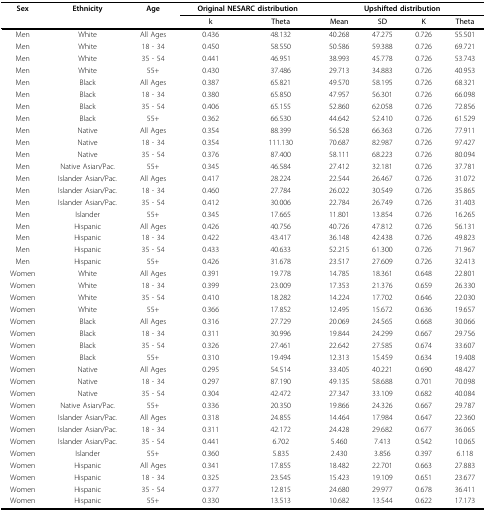
<table><thead><tr><td><b>Sex</b></td><td><b>Ethnicity</b></td><td><b>Age</b></td><td colspan="2"><b>Original NESARC distribution</b></td><td colspan="4"><b>Upshifted distribution</b></td></tr><tr><td></td><td></td><td></td><td><b>k</b></td><td><b>Theta</b></td><td><b>Mean</b></td><td><b>SD</b></td><td><b>K</b></td><td><b>Theta</b></td></tr></thead><tbody><tr><td>Men</td><td>White</td><td>All Ages</td><td>0.436</td><td>48.132</td><td>40.268</td><td>47.275</td><td>0.726</td><td>55.501</td></tr><tr><td>Men</td><td>White</td><td>18 - 34</td><td>0.450</td><td>58.550</td><td>50.586</td><td>59.388</td><td>0.726</td><td>69.721</td></tr><tr><td>Men</td><td>White</td><td>35 - 54</td><td>0.441</td><td>46.951</td><td>38.993</td><td>45.778</td><td>0.726</td><td>53.743</td></tr><tr><td>Men</td><td>White</td><td>55+</td><td>0.430</td><td>37.486</td><td>29.713</td><td>34.883</td><td>0.726</td><td>40.953</td></tr><tr><td>Men</td><td>Black</td><td>All Ages</td><td>0.387</td><td>65.821</td><td>49.570</td><td>58.195</td><td>0.726</td><td>68.321</td></tr><tr><td>Men</td><td>Black</td><td>18 - 34</td><td>0.380</td><td>65.850</td><td>47.957</td><td>56.301</td><td>0.726</td><td>66.098</td></tr><tr><td>Men</td><td>Black</td><td>35 - 54</td><td>0.406</td><td>65.155</td><td>52.860</td><td>62.058</td><td>0.726</td><td>72.856</td></tr><tr><td>Men</td><td>Black</td><td>55+</td><td>0.362</td><td>66.530</td><td>44.642</td><td>52.410</td><td>0.726</td><td>61.529</td></tr><tr><td>Men</td><td>Native</td><td>All Ages</td><td>0.354</td><td>88.399</td><td>56.528</td><td>66.363</td><td>0.726</td><td>77.911</td></tr><tr><td>Men</td><td>Native</td><td>18 - 34</td><td>0.354</td><td>111.130</td><td>70.687</td><td>82.987</td><td>0.726</td><td>97.427</td></tr><tr><td>Men</td><td>Native</td><td>35 - 54</td><td>0.376</td><td>87.400</td><td>58.111</td><td>68.223</td><td>0.726</td><td>80.094</td></tr><tr><td>Men</td><td>Native Asian/Pac.</td><td>55+</td><td>0.345</td><td>46.584</td><td>27.412</td><td>32.181</td><td>0.726</td><td>37.781</td></tr><tr><td>Men</td><td>Islander Asian/Pac.</td><td>All Ages</td><td>0.417</td><td>28.224</td><td>22.544</td><td>26.467</td><td>0.726</td><td>31.072</td></tr><tr><td>Men</td><td>Islander Asian/Pac.</td><td>18 - 34</td><td>0.460</td><td>27.784</td><td>26.022</td><td>30.549</td><td>0.726</td><td>35.865</td></tr><tr><td>Men</td><td>Islander Asian/Pac.</td><td>35 - 54</td><td>0.412</td><td>30.006</td><td>22.784</td><td>26.749</td><td>0.726</td><td>31.403</td></tr><tr><td>Men</td><td>Islander</td><td>55+</td><td>0.345</td><td>17.665</td><td>11.801</td><td>13.854</td><td>0.726</td><td>16.265</td></tr><tr><td>Men</td><td>Hispanic</td><td>All Ages</td><td>0.426</td><td>40.756</td><td>40.726</td><td>47.812</td><td>0.726</td><td>56.131</td></tr><tr><td>Men</td><td>Hispanic</td><td>18 - 34</td><td>0.422</td><td>43.417</td><td>36.148</td><td>42.438</td><td>0.726</td><td>49.823</td></tr><tr><td>Men</td><td>Hispanic</td><td>35 - 54</td><td>0.433</td><td>40.633</td><td>52.215</td><td>61.300</td><td>0.726</td><td>71.967</td></tr><tr><td>Men</td><td>Hispanic</td><td>55+</td><td>0.426</td><td>31.678</td><td>23.517</td><td>27.609</td><td>0.726</td><td>32.413</td></tr><tr><td>Women</td><td>White</td><td>All Ages</td><td>0.391</td><td>19.778</td><td>14.785</td><td>18.361</td><td>0.648</td><td>22.801</td></tr><tr><td>Women</td><td>White</td><td>18 - 34</td><td>0.399</td><td>23.009</td><td>17.353</td><td>21.376</td><td>0.659</td><td>26.330</td></tr><tr><td>Women</td><td>White</td><td>35 - 54</td><td>0.410</td><td>18.282</td><td>14.224</td><td>17.702</td><td>0.646</td><td>22.030</td></tr><tr><td>Women</td><td>White</td><td>55+</td><td>0.366</td><td>17.852</td><td>12.495</td><td>15.672</td><td>0.636</td><td>19.657</td></tr><tr><td>Women</td><td>Black</td><td>All Ages</td><td>0.316</td><td>27.729</td><td>20.069</td><td>24.565</td><td>0.668</td><td>30.066</td></tr><tr><td>Women</td><td>Black</td><td>18 - 34</td><td>0.311</td><td>30.996</td><td>19.844</td><td>24.299</td><td>0.667</td><td>29.756</td></tr><tr><td>Women</td><td>Black</td><td>35 - 54</td><td>0.326</td><td>27.461</td><td>22.642</td><td>27.585</td><td>0.674</td><td>33.607</td></tr><tr><td>Women</td><td>Black</td><td>55+</td><td>0.310</td><td>19.494</td><td>12.313</td><td>15.459</td><td>0.634</td><td>19.408</td></tr><tr><td>Women</td><td>Native</td><td>All Ages</td><td>0.295</td><td>54.514</td><td>33.405</td><td>40.221</td><td>0.690</td><td>48.427</td></tr><tr><td>Women</td><td>Native</td><td>18 - 34</td><td>0.297</td><td>87.190</td><td>49.135</td><td>58.688</td><td>0.701</td><td>70.098</td></tr><tr><td>Women</td><td>Native</td><td>35 - 54</td><td>0.304</td><td>42.472</td><td>27.347</td><td>33.109</td><td>0.682</td><td>40.084</td></tr><tr><td>Women</td><td>Native Asian/Pac.</td><td>55+</td><td>0.336</td><td>20.350</td><td>19.866</td><td>24.326</td><td>0.667</td><td>29.787</td></tr><tr><td>Women</td><td>Islander Asian/Pac.</td><td>All Ages</td><td>0.318</td><td>24.855</td><td>14.464</td><td>17.984</td><td>0.647</td><td>22.360</td></tr><tr><td>Women</td><td>Islander Asian/Pac.</td><td>18 - 34</td><td>0.311</td><td>42.172</td><td>24.428</td><td>29.682</td><td>0.677</td><td>36.065</td></tr><tr><td>Women</td><td>Islander Asian/Pac.</td><td>35 - 54</td><td>0.441</td><td>6.702</td><td>5.460</td><td>7.413</td><td>0.542</td><td>10.065</td></tr><tr><td>Women</td><td>Islander</td><td>55+</td><td>0.360</td><td>5.835</td><td>2.430</td><td>3.856</td><td>0.397</td><td>6.118</td></tr><tr><td>Women</td><td>Hispanic</td><td>All Ages</td><td>0.341</td><td>17.855</td><td>18.482</td><td>22.701</td><td>0.663</td><td>27.883</td></tr><tr><td>Women</td><td>Hispanic</td><td>18 - 34</td><td>0.325</td><td>23.545</td><td>15.423</td><td>19.109</td><td>0.651</td><td>23.677</td></tr><tr><td>Women</td><td>Hispanic</td><td>35 - 54</td><td>0.377</td><td>12.815</td><td>24.680</td><td>29.977</td><td>0.678</td><td>36.411</td></tr><tr><td>Women</td><td>Hispanic</td><td>55+</td><td>0.330</td><td>13.513</td><td>10.682</td><td>13.544</td><td>0.622</td><td>17.173</td></tr></tbody></table>